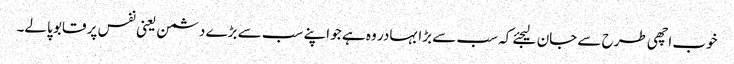
خوب اچھی طرح سے جان لیجئے کہ سب سے بڑا بہادر وہ ہے جو اپنے سب سے بڑے دشمن یعنی نفس پر قابو پالے۔